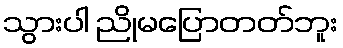
သွားပါ ညိုမပြောတတ်ဘူး